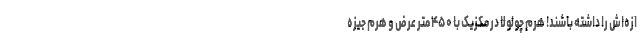
ازه‌اش را داشته باشند! هرم چولولا در مکزیک با ۴۵۰ متر عرض و هرم جیزه